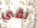
بقي